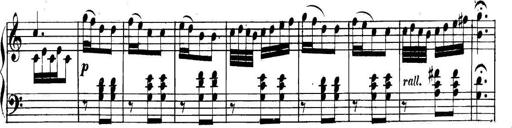
Title: Collected Piano Sonatas
Composer: Muzio Clementi